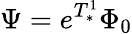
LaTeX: \Psi=e^{T_{*}^{1}}\Phi_{0}